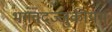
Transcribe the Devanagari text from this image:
भगवदज्जुकीयम्‌